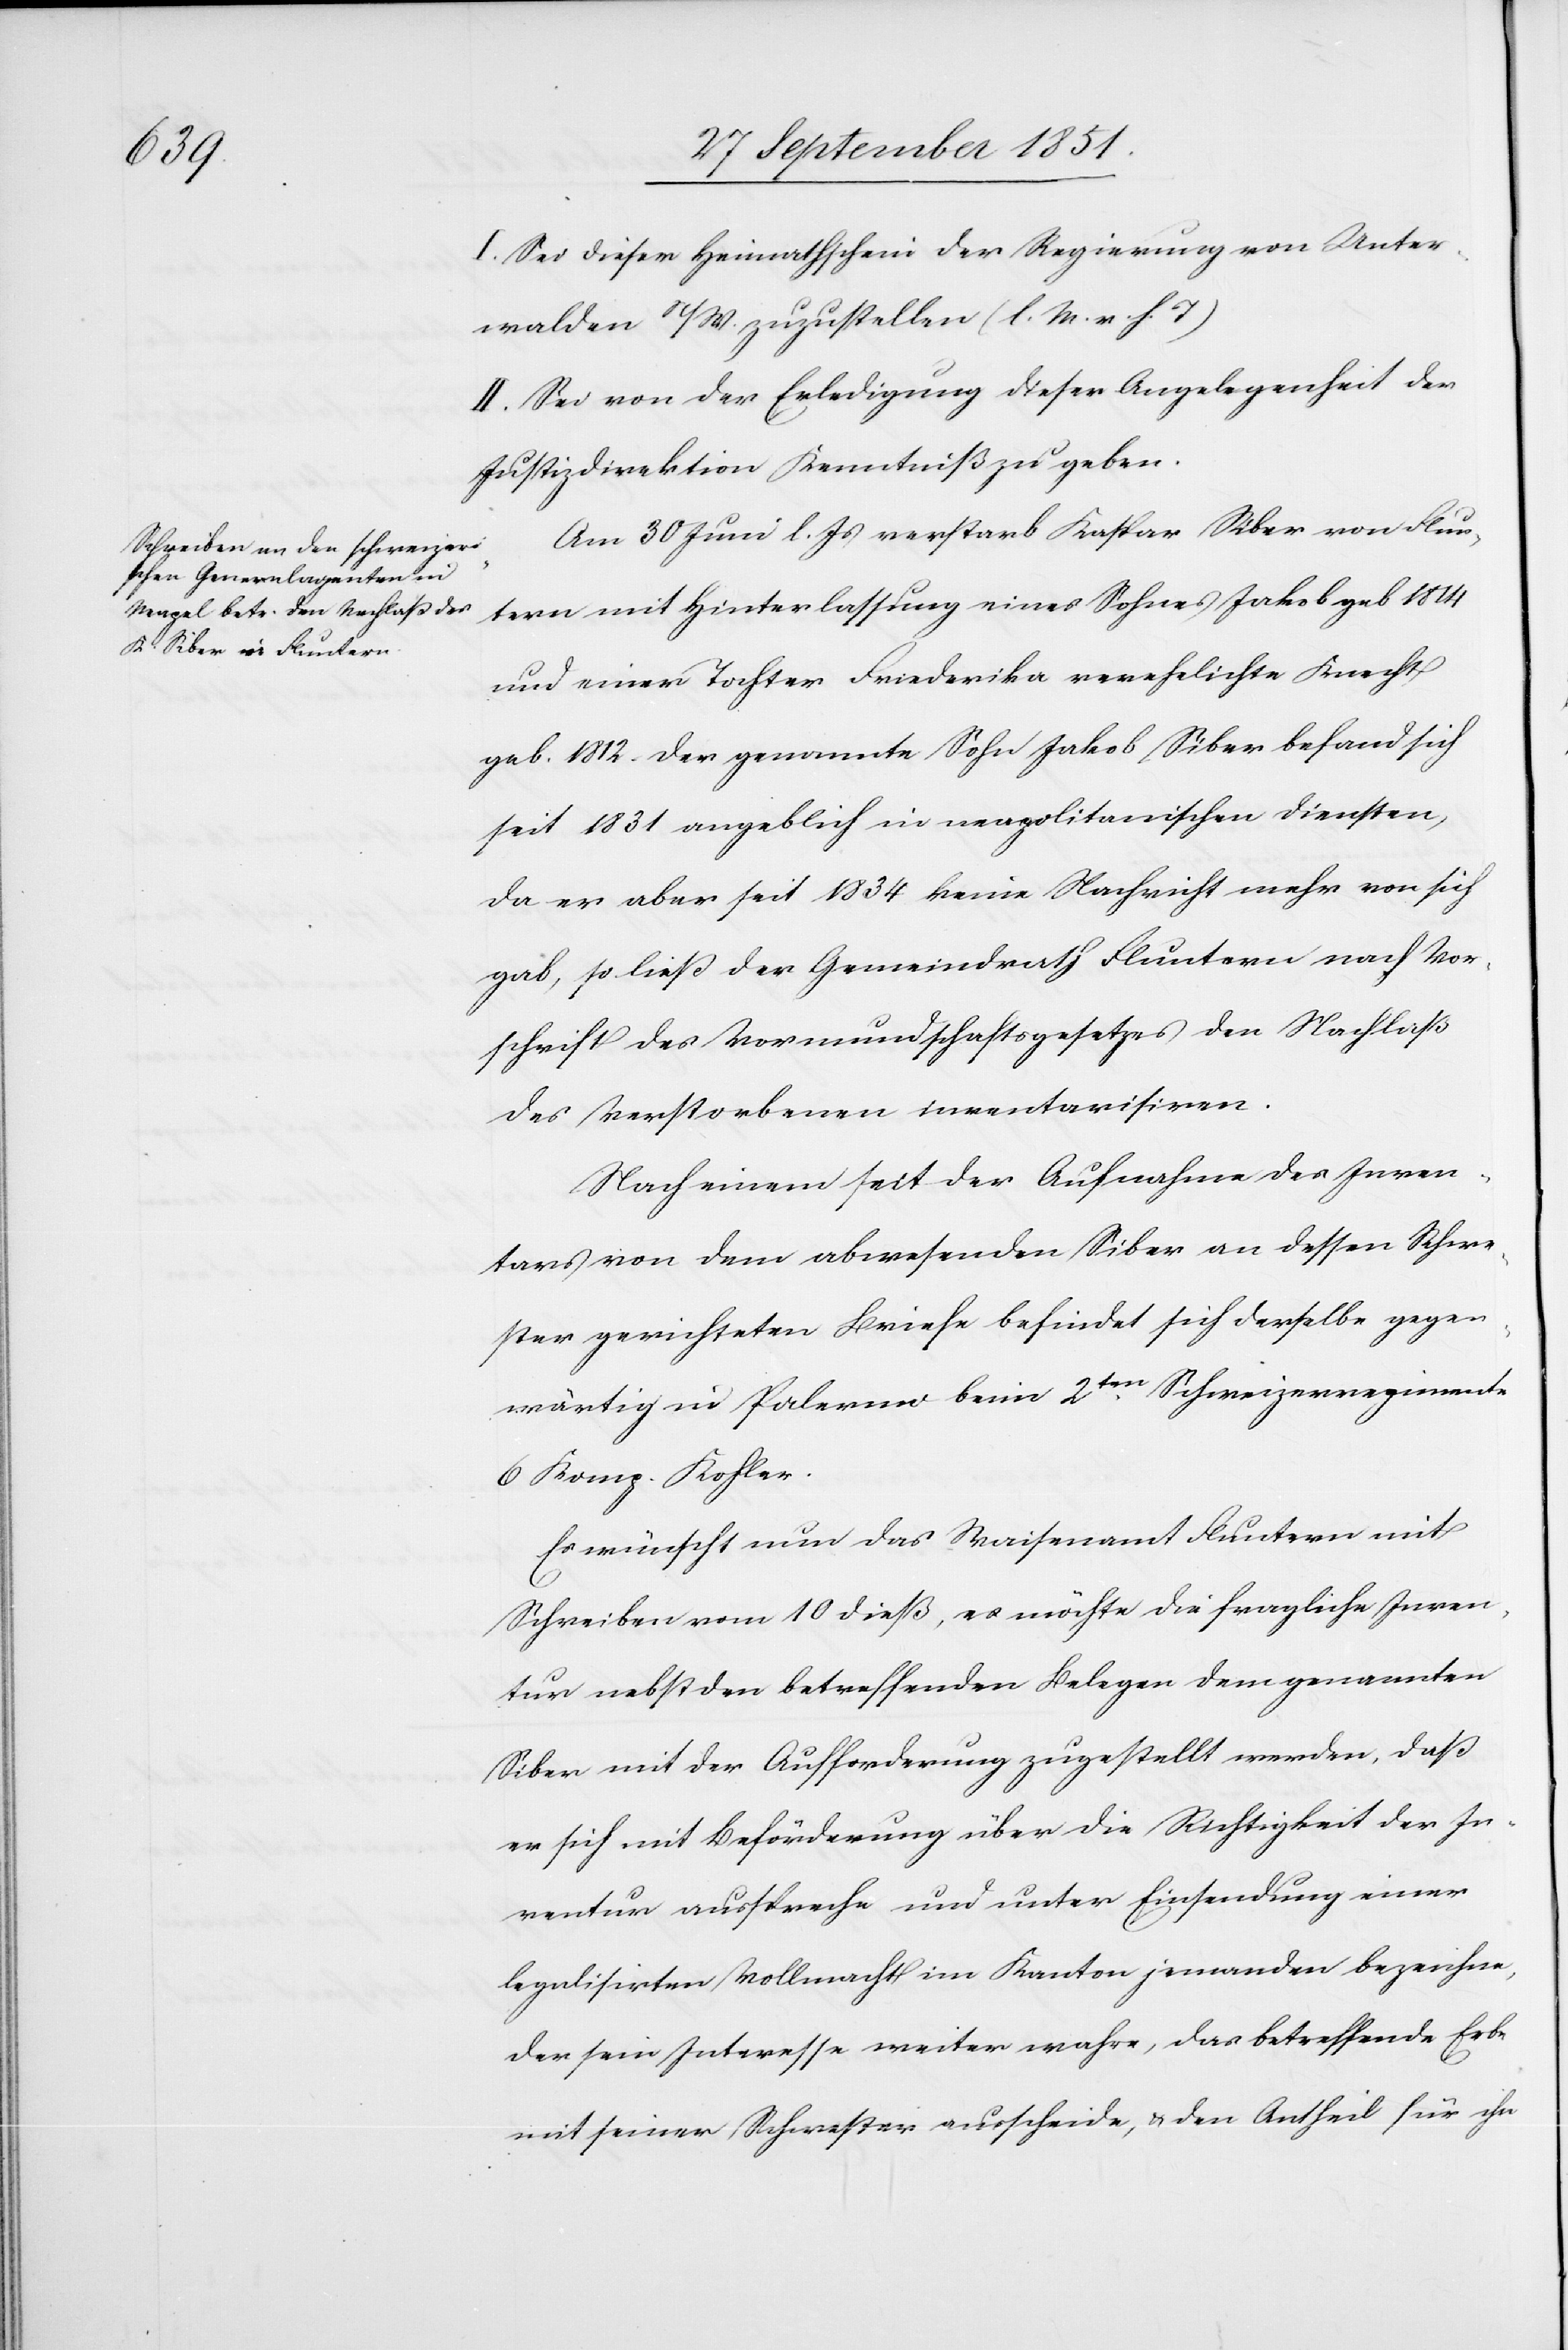
I. Sei dieser Heimathschein der Regierung von Unter¬
walden n/W. zuzustellen (l. M. v. h. T)
II. Sei von der Erledigung dieser Angelegenheit der
Justizdirektion Kenntniß zu geben.
Am 30 Juni l. Js verstarb Kaspar Siber von Flun¬
tern mit Hinterlassung eines Sohnes Jakob geb 1814
und einer Tochter Friederika verehelichte Knecht
geb. 1812. Der genannte Sohn Jakob Siber befand sich
seit 1831 angeblich in neapolitanischen Diensten,
da er aber seit 1834 keine Nachricht mehr von sich
gab, so ließ der Gemeindrath Fluntern nach Vor¬
schrift des Vormundschaftsgesetzes den Nachlaß
des Verstorbenen inventarisiren.
Nach einem seit der Aufnahme des Inven¬
tars von dem abwesenden Siber an dessen Schwe¬
ster gerichteten Briefe befindet sich derselbe gegen¬
wärtig in Palermo beim 2ten. Schweizerregimente
6 Komp. Kohler.
Es wünscht nun das Waisenamt Fluntern mit
Schreiben vom 10 dieß, es möchte die fragliche Inven¬
tur nebst den betreffenden Belegen dem genannten
Siber mit der Aufforderung zugestellt werden, daß
er sich mit Beförderung über die Richtigkeit der In¬
ventur ausspreche und unter Einsendung einer
legalisirten Vollmacht im Kanton jemanden bezeichne,
der sein Interesse weiter wahre, das betreffende Erbe
mit seiner Schwester ausscheide, & den Antheil für ihn